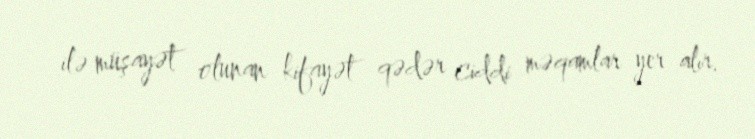
ilə müşayət olunan kifayət qədər ciddi məqamlar yer alır.